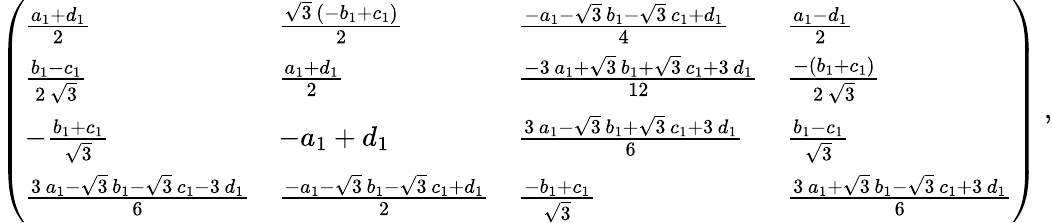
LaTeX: \left(\begin{array}{llll}{{{\frac{{a_{1}}+{d_{1}}}{2}}}}&{{{\frac{{\sqrt{3}}\, \left(-{b_{1}}+{c_{1}}\right)}{2}}}}&{{{\frac{-{a_{1}}-{\sqrt{3}}\, {b_{1}}-{\sqrt{3}}\, {c_{1}}+{d_{1}}}{4}}}}&{{{\frac{{a_{1}}-{d_{1}}}{2}}}}\\ {{{\frac{{b_{1}}-{c_{1}}}{2\, {\sqrt{3}}}}}}&{{{\frac{{a_{1}}+{d_{1}}}{2}}}}&{{{\frac{-3\, {a_{1}}+{\sqrt{3}}\, {b_{1}}+{\sqrt{3}}\, {c_{1}}+3\, {d_{1}}}{12}}}}&{{{\frac{-\left({b_{1}}+{c_{1}}\right)}{2\, {\sqrt{3}}}}}}\\ {{-{\frac{{b_{1}}+{c_{1}}}{{\sqrt{3}}}}}}&{{-{a_{1}}+{d_{1}}}}&{{{\frac{3\, {a_{1}}-{\sqrt{3}}\, {b_{1}}+{\sqrt{3}}\, {c_{1}}+3\, {d_{1}}}{6}}}}&{{{\frac{{b_{1}}-{c_{1}}}{{\sqrt{3}}}}}}\\ {{{\frac{3\, {a_{1}}-{\sqrt{3}}\, {b_{1}}-{\sqrt{3}}\, {c_{1}}-3\, {d_{1}}}{6}}}}&{{{\frac{-{a_{1}}-{\sqrt{3}}\, {b_{1}}-{\sqrt{3}}\, {c_{1}}+{d_{1}}}{2}}}}&{{{\frac{-{b_{1}}+{c_{1}}}{{\sqrt{3}}}}}}&{{{\frac{3\, {a_{1}}+{\sqrt{3}}\, {b_{1}}-{\sqrt{3}}\, {c_{1}}+3\, {d_{1}}}{6}}}}\end{array}\right)~,